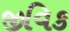
જીવિક